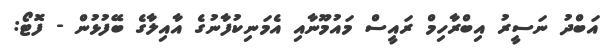
އަބްދު ނަސީރު އިބްރާހިމް ރައީސް މައުމޫނާއި އެމަނިކުފާނުގެ އާއިލާގެ ބޭފުޅުން - ފޮޓޯ: